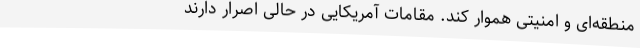
منطقه‌ای و امنیتی هموار ‌کند. مقامات آمریکایی در حالی اصرار دارند